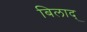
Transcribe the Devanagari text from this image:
बिलाद्